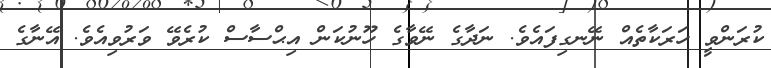
ކުރަންވީ ހަރަކާތެއް ނޭނގިފައެވެ. ނަދާގެ ނޭވާގެ ހޫނުކަން އިޙްސާސް ކުރެވޭ ވަރުވިއެވެ. އޭނާގެ